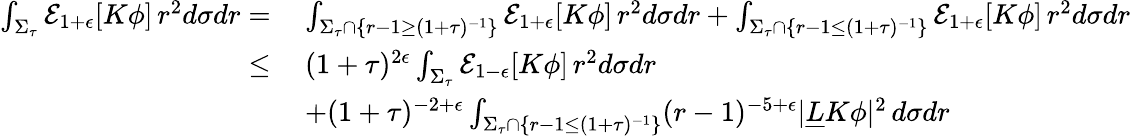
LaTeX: \begin{array}{rl}{\int_{\Sigma_{\tau}}\mathcal{E}_{1+\epsilon}[K\phi]\, r^{2}d\sigma dr=}&{\: \int_{\Sigma_{\tau}\cap\{ r-1\geq(1+\tau)^{-1}\} }\mathcal{E}_{1+\epsilon}[K\phi]\, r^{2}d\sigma dr+\int_{\Sigma_{\tau}\cap\{ r-1\leq(1+\tau)^{-1}\} }\mathcal{E}_{1+\epsilon}[K\phi]\, r^{2}d\sigma dr}\\ {\leq}&{\: (1+\tau)^{2\epsilon}\int_{\Sigma_{\tau}}\mathcal{E}_{1-\epsilon}[K\phi]\, r^{2}d\sigma dr}\\ &{\: +(1+\tau)^{-2+\epsilon}\int_{\Sigma_{\tau}\cap\{ r-1\leq(1+\tau)^{-1}\} }(r-1)^{-5+\epsilon}|\underline{{L}}K\phi|^{2}\, d\sigma dr}\end{array}